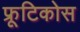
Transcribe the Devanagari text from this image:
फ्रूटिकोस